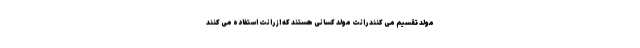
مولد تقسیم می کنند رانت مولد کسانی هستند که از رانت استفاده می کنند